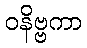
ဝနိဗ္ဗကာ